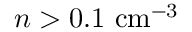
n > 0 . 1 { \mathrm { ~ c m } } ^ { - 3 }